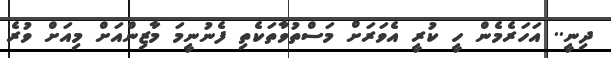
ދިނީ.. އަހަރެމެން ހީ ކުރީ އެވަރަށް މަސްތުވާތަކެތި ފެނުނީމަ މާޒިންއަށް މިއަށް ވުރެ